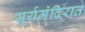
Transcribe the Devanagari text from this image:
सूर्यमंदिरात